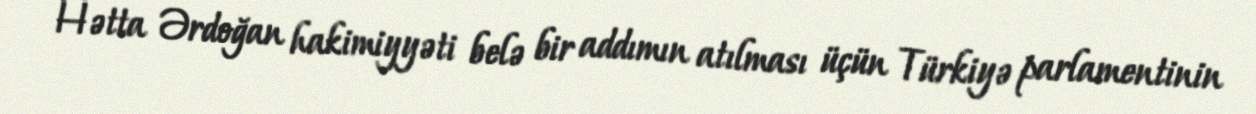
Hətta Ərdoğan hakimiyyəti belə bir addımın atılması üçün Türkiyə parlamentinin